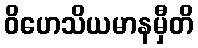
ဝိဟေသိယမာနမှီတိ